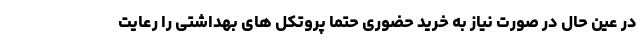
در عین حال در صورت نیاز به خرید حضوری حتما پروتکل های بهداشتی را رعایت